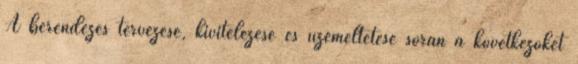
A berendezés tervezése, kivitelezése és üzemeltetése során a következõket